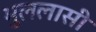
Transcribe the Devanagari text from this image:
भुललासी